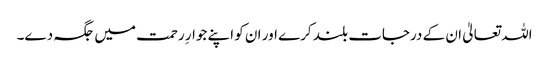
اللہ تعالیٰ ان کے درجات بلند کرے اور ان کو اپنے جوارِ رحمت میں جگہ دے۔